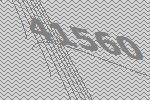
41560